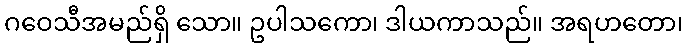
ဂဝေသီအမည်ရှိ သော။ ဥပါသကော၊ ဒါယကာသည်။ အရဟတော၊